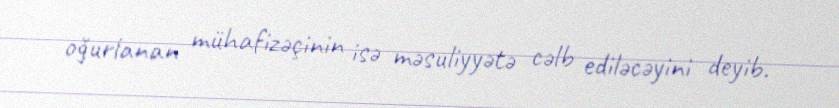
oğurlanan mühafizəçinin isə məsuliyyətə cəlb ediləcəyini deyib.